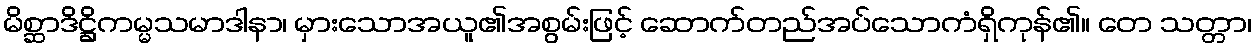
မိစ္ဆာဒိဋ္ဌိကမ္မသမာဒါနာ၊ မှားသောအယူ၏အစွမ်းဖြင့် ဆောက်တည်အပ်သောကံရှိကုန်၏။ တေ သတ္တာ၊